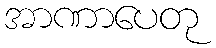
အာဏာပေတု